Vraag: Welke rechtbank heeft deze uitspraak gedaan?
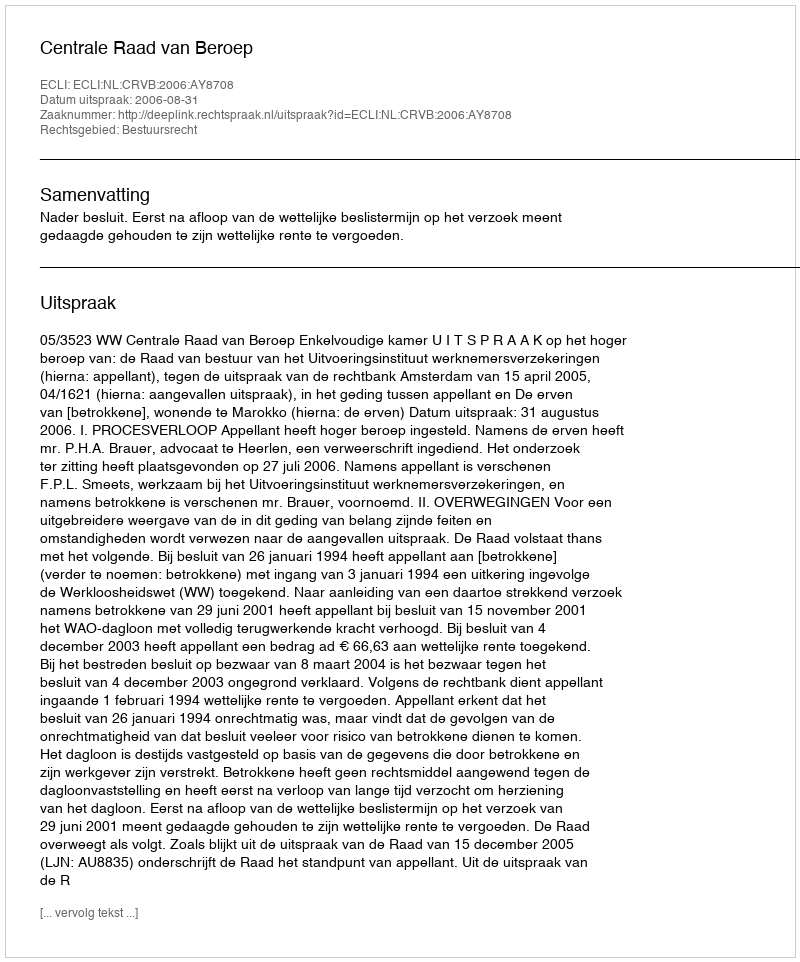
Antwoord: Centrale Raad van Beroep